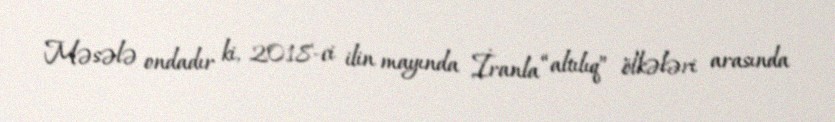
Məsələ ondadır ki, 2018-ci ilin mayında İranla “altılıq” ölkələri arasında